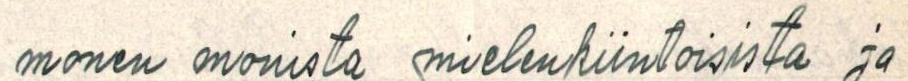
monen monesta mielenkiintoisista ja